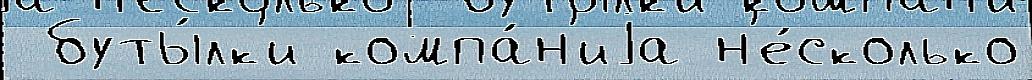
 буты́лк'и компа́н'иjа н'е́сколько